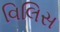
વિલિસ